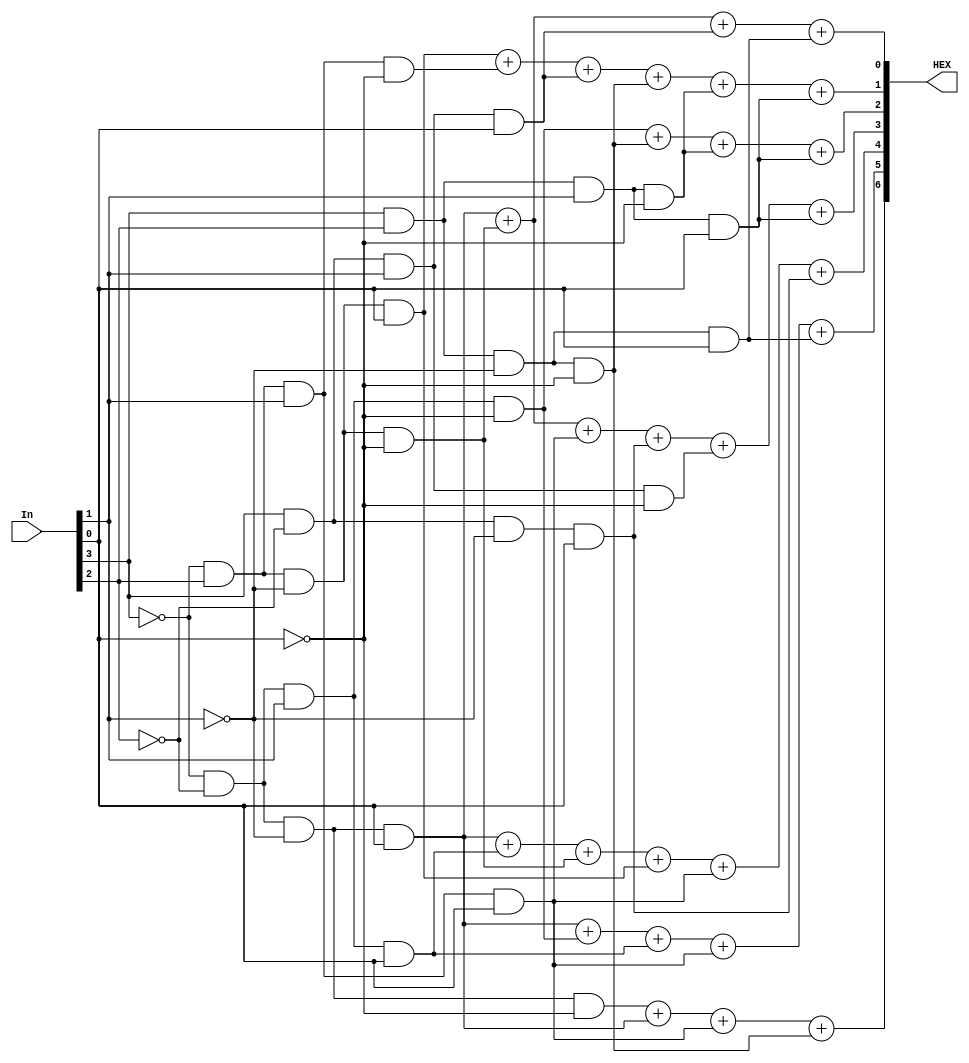
module HexDecoder (In, HEX);
	input [3:0] In;
	output [6:0] HEX;
	
	assign c0 = In[0];
	assign c1 = In[1];
	assign c2 = In[2];
	assign c3 = In[3];
	
	assign HEX[0] = (~c3 & ~c2 & ~c1 & c0) + (~c3 & c2 & ~c1 & ~c0) + (c3 & ~c2 & c1 & c0) + (c3 & c2 & ~c1 & c0);
	
	assign HEX[1] = (~c3 & c2 & ~c1 & c0) + (~c3 & c2 & c1 & ~c0) + (c3 & ~c2 & c1 & c0) + (c3 & c2 & ~c1 & ~c0) + (c3 & c2 & c1 & ~c0) + (c3 & c2 & c1 & c0);
	
	assign HEX[2] = (~c3 & ~c2 & c1 & ~c0) + (c3 & c2 & ~c1 & ~c0) + (c3 & c2 & c1 & ~c0) + (c3 & c2 & c1 & c0);
	
	assign HEX[3] = (~c3 & ~c2 & ~c1 & c0) + (~c3 & c2 & ~c1 & ~c0) + (~c3 & c2 & c1 & c0) + (c3 & ~c2 & ~c1 & c0) + (c3 & ~c2 & c1 & ~c0) + (c3 & c2 & c1 & c0);
	
	assign HEX[4] = (~c3 & ~c2 & ~c1 & c0) + (~c3 & ~c2 & c1 & c0) + (~c3 & c2 & ~c1 & ~c0) + (~c3 & c2 & ~c1 & c0) + (~c3 & c2 & c1 & c0) + (c3 & ~c2 & ~c1 & c0);
	
	assign HEX[5] = (~c3 & ~c2 & ~c1 & c0) + (~c3 & ~c2 & c1 & ~c0) + (~c3 & ~c2 & c1 & c0) + (~c3 & c2 & c1 & c0) + (c3 & c2 & ~c1 & c0);
	
	assign HEX[6] = (~c3 & ~c2 & ~c1 & ~c0) + (~c3 & ~c2 & ~c1 & c0) + (~c3 & c2 & c1 & c0) + (c3 & c2 & ~c1 & ~c0);

endmodule